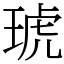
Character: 琥